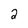
Character: 2